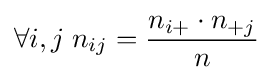
\forall i,j\;n_{ij}={\frac {n_{i+}\cdot n_{+j}}{n}}